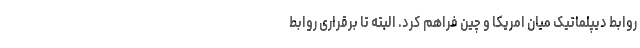
روابط دیپلماتیک میان امریکا و چین فراهم کرد. البته تا برقراری روابط